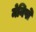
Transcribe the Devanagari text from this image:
मेनिपो